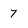
Character: 7